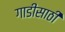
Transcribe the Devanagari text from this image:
गाडीसाठी